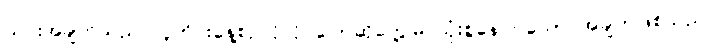
ယင်းအချက်သည် လူတိုင်းနေ့စဉ်လိုလို ပြောဆိုတွေ့မြင်သုံးစွဲနေကြသော အချက်ဖြစ်သည်။